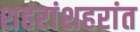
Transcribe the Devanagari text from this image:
शहरांशहरांत